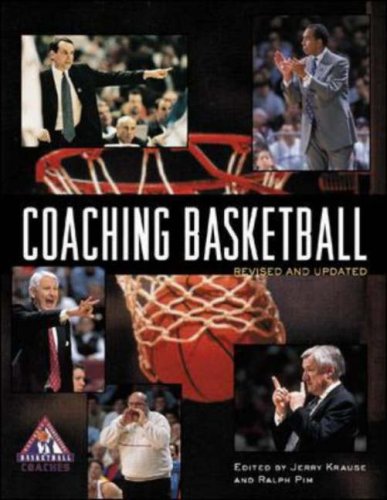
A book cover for Coaching Basketball; Jerry Krause; Sports & Outdoors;